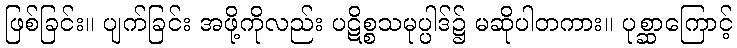
ဖြစ်ခြင်း။ ပျက်ခြင်း အဖို့ကိုလည်း ပဋိစ္စသမုပ္ပါဒ်၌ မဆိုပါတကား။ ပုစ္ဆာကြောင့်